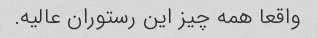
واقعا همه چیز این رستوران عالیه.